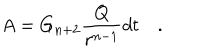
A = G _ { n + 2 } \frac { Q } { r ^ { n - 1 } } d t \quad .